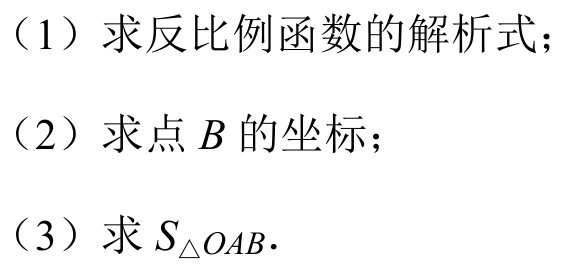
（1）求反比例函数的解析式；
（2）求点 \(B\) 的坐标；
（3）求 \(S_{\triangle OAB}\).